Report on vaccination in Madras 1895-1903 - 1895-1903
Year: 1895
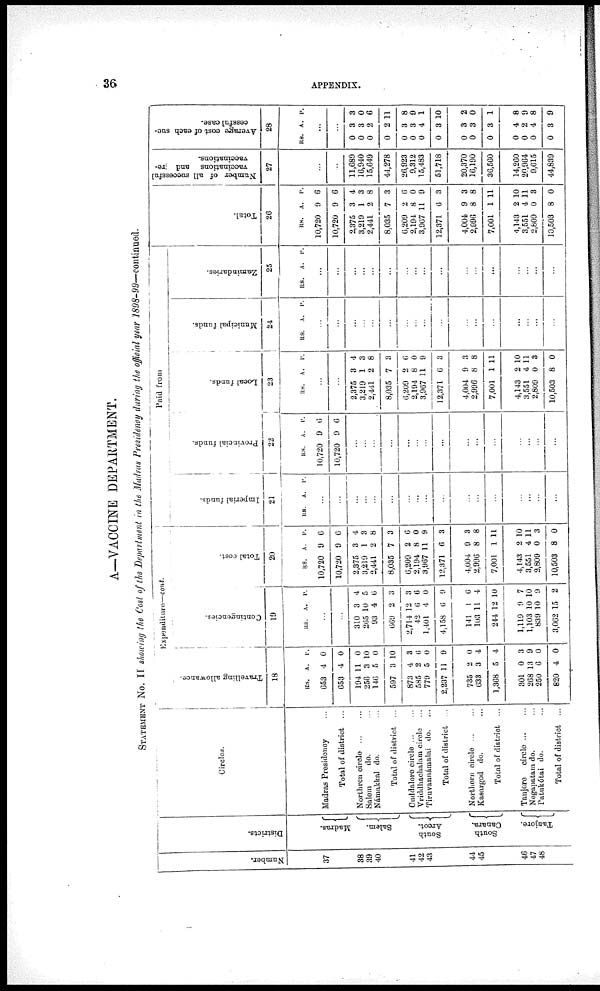
36
APPENDIX.
A—VACCINE DEPARTMENT.
STATEMENT No. II showing the Cost of the Department in the Madras Presidency during the official year 1898-99—continued.
Number.
37
38
39
40
41
42
43
44
45
46
47
48
Districts.
Madras.
Salem.
South
Arcot.
South
Canara.
Tanjore.
Circles.
Madras Presidency ...
Total of district ...
Northren circle ... ...
Salem
do. ...
Námakkal do. ...
Total of district ...
Cuddalore circle ... ...
Vriddhachalam circle ...
Tiruvannámalai do. ...
Total of district ...
Northern circle ... ...
Kasargod do. ...
Total of district ...
Tanjore
circle ... ...
Negapatam do. ...
Patukótai do. ...
Total of district ...
Expenditure—cont.
Travelling allowance.
18
RS.
653
653
194
256
146
597
873
585
779
2,237
735
633
1,368
301
268
250
820
A.
4
4
11
3
5
3
4
2
5
11
2
3
5
0
13
6
4
P.
0
0
0
10
0
10
3
6
0
9
0
4
4
3
9
0
0
Contingencies.
19
RS. A. P.
...
...
310
265
93
669
2,714
42
1,401
4,158
141
103
244
1,119
1,103
839
3,062
3
10
4
2
12
6
4
6
1
11
12
9
10
10
15
4
5
6
3
3
6
0
9
6
4
10
7
10
9
2
Total cost.
20
RS.
10,720
10,720
2,375
3,219
2,441
8,035
6,209
2,194
3,967
12,371
4,004
2,996
7,001
4,143
3,551
2,809
10,503
A.
9
9
3
1
2
7
2
8
11
6
9
8
1
2
4
0
8
P.
0
0
4
3
8
3
6
0
9
3
3
8
11
10
11
3
0
Paid from
Imperial funds.
21
RS. A. P.
...
...
...
...
...
...
...
...
...
...
...
...
...
...
...
...
...
Provincial funds.
22
RS.
10,720
10,720
A.
9
9
P.
6
6
...
...
...
...
...
...
...
...
...
...
...
...
...
...
...
Local funds.
23
RS. A. P.
...
...
2,375
3,219
2,411
8,035
6,209
2,194
3,967
12,371
4,004
2,996
7,001
4,143
3,551
2,809
10,503
8
1
2
7
2
8
11
6
9
8
1
2
4
0
8
4
3
8
3
6
0
9
3
3
8
11
10
11
3
0
Municipal funds.
24
RS. A. P.
...
...
...
...
...
...
...
...
...
...
...
...
...
...
...
...
...
Zamindaries.
25
RS. A. P.
...
...
...
...
...
...
...
...
...
...
...
...
...
...
...
...
...
Total.
26
RS.
10,720
10,720
2,375
3,219
2,441
8,035
6,209
2,194
3,967
12,871
4,004
2,996
7,001
4,143
3,551
2,809
10,503
A.
9
9
3
1
2
7
2
8
11
6
9
8
1
2
4
0
8
P.
6
6
4
3
8
3
6
0
9
3
3
8
11
10
11
3
0
Number of all successful
vaccinations and re-
vaccinations.
27
...
...
11,689
16,940
15,649
44,278
26,923
9,312
15,483
51,718
20,370
16,190
36,560
14,260
20,964
9,615
44,839
Average cost of each suc-
cessful case.
28
RS. A. P.
...
...
0
0
0
0
0
0
0
0
0
0
0
0
0
0
0
3
3
2
2
3
3
4
3
3
3
3
4
2
4
3
3
0
6
11
8
9
1
10
2
0
1
8
9
8
9